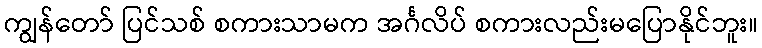
ကျွန်တော် ပြင်သစ် စကားသာမက အင်္ဂလိပ် စကားလည်းမပြောနိုင်ဘူး။